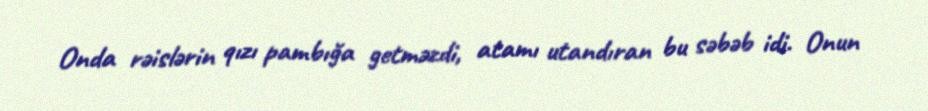
Onda rəislərin qızı pambığa getməzdi, atamı utandıran bu səbəb idi. Onun